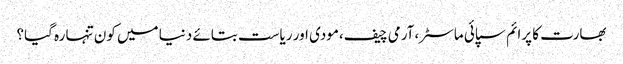
بھارت کا پرائم سپائی ماسٹر،آرمی چیف،مودی اور ریاست بتائے دنیا میں کون تنہا رہ گیا؟